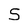
Character: S